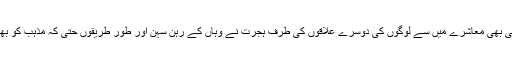
دوسرا کسی بھی معاشرے میں سے لوگوں کی دوسرے علاقوں کی طرف ہجرت نے وہاں کے رہن سہن اور طور طریقوں حتی کہ مذہب کو بھی بدل دیا۔